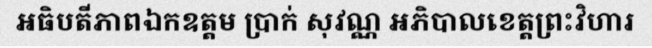
អធិបតីភាពឯកឧត្តម ប្រាក់ សុវណ្ណ អភិបាលខេត្តព្រះវិហារ